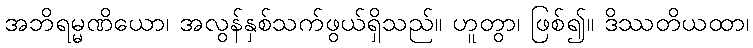
အဘိရမ္မဏိယော၊ အလွန်နှစ်သက်ဖွယ်ရှိသည်။ ဟူတွာ၊ ဖြစ်၍။ ဒိဿတိယထာ၊